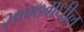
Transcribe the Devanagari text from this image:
२००७मधील